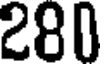
280